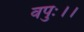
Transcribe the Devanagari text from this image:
वपुः।।